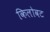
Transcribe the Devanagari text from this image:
किलोवट